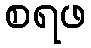
စရဖ